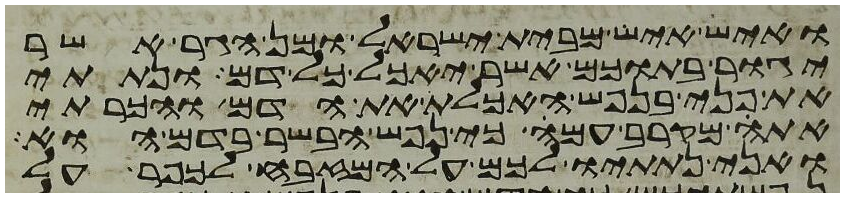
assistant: ואיש איש מבית ישראל ומן הגר אשר
יגור בתוכם אשר יאכל כל דם ונתתי
את פני בנפש האכלת את הדם והכרתי
אתה מקרב עמה כי נפש הבשר בדם הוא
ואני נתתיו לכם על המזבח לכפר על